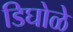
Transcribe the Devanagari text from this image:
डिघोळे